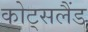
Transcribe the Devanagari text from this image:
कोट्सलैंड